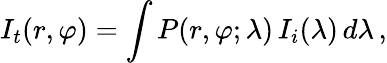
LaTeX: I_{t}(r,\varphi)=\int P(r,\varphi;\lambda)\, I_{i}(\lambda)\, d\lambda\, ,